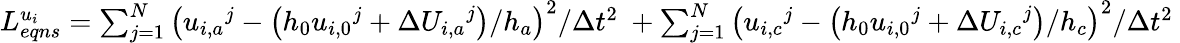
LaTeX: \begin{array}{r}{L_{eqns}^{{{u}_{i}}}=\sum_{j=1}^{N}{{{\left({{u}_{i,a}}^{j}-\left({{h}_{0}}{{u}_{i,0}}^{j}+\Delta{{U}_{i,a}}^{j}\right)/{{h}_{a}}\right)}^{2}}/\Delta{{t}^{2}}}\ +\sum_{j=1}^{N}{{{\left({{u}_{i,c}}^{j}-\left({{h}_{0}}{{u}_{i,0}}^{j}+\Delta{{U}_{i,c}}^{j}\right)/{{h}_{c}}\right)}^{2}}/\Delta{{t}^{2}}}\ }\end{array}